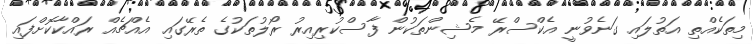
މިތަކެއްތި އަތުލައި ގަނެވުނީ އެކްސްރޭ މެޝިންތަކުން ފާސްކުރިއިރު ރޯލުތަކުގެ ތެރޭގައި އެއްޗެއް ރައްކާކޮށްފައި